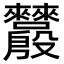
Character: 𬆵